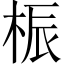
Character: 桭